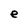
Character: e